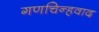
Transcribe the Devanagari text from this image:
गणचिन्हवाद